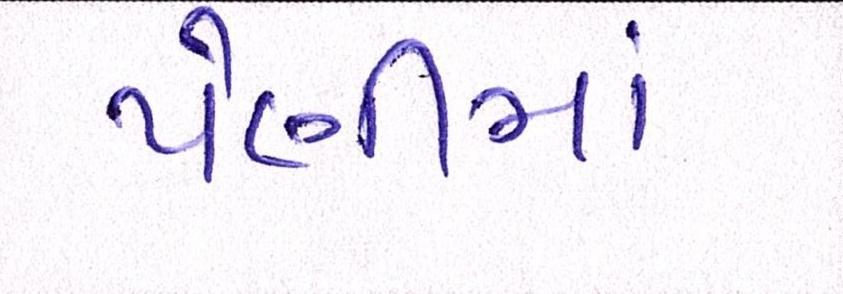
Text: પેણીમાં